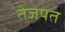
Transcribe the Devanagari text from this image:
तेजपत